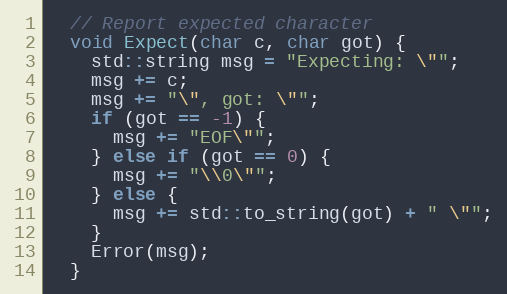
Language: C
  // Report expected character
  void Expect(char c, char got) {
    std::string msg = "Expecting: \"";
    msg += c;
    msg += "\", got: \"";
    if (got == -1) {
      msg += "EOF\"";
    } else if (got == 0) {
      msg += "\\0\"";
    } else {
      msg += std::to_string(got) + " \"";
    }
    Error(msg);
  }